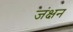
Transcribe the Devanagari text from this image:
जंक्षन